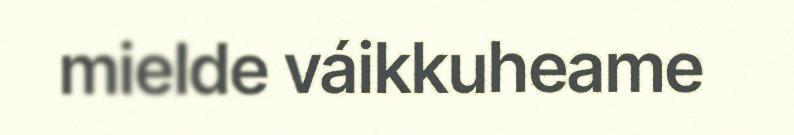
mielde váikkuheame